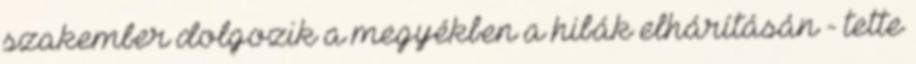
szakember dolgozik a megyékben a hibák elhárításán - tette